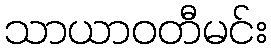
သာယာဝတီမင်း